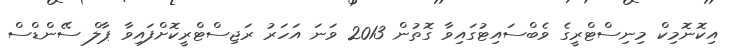
އިކޮނޮމިކް މިނިސްޓްރީގެ ވެބްސައިޓުގައިވާ ގޮތުން 2013 ވަނަ އަހަރު ރަޖިސްޓްރީކޮށްފައިވާ ޕާލް ސޭންޑްސް